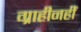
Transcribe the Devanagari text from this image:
ग्राहीनहीं